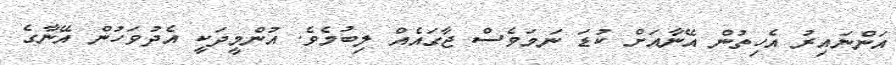
އަންނައިރު އެހިތުން އޭނާއަށް ކުޑަ ނަމަވެސް ޖާގައެއް ލިބުމެވެ. އުންމީދަކީ އެދުވަހުން އޭނާގެ